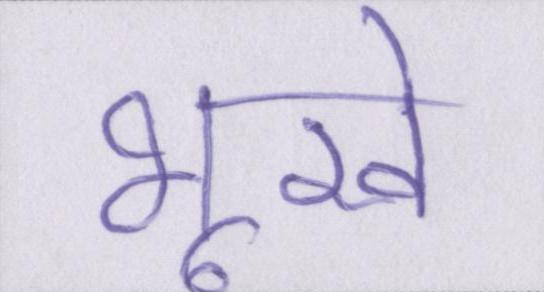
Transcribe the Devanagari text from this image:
भूखे